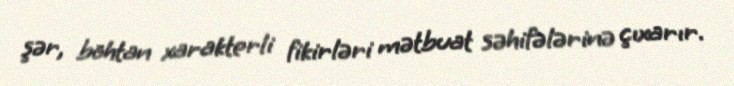
şər, böhtan xarakterli fikirləri mətbuat səhifələrinə çıxarır.